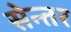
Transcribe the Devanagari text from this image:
सेन्तर